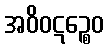
အဝိဝဋဉ္စေဝ